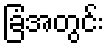
ခြံအတွင်း